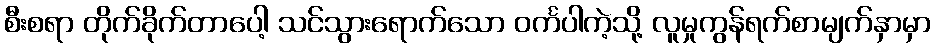
စီးစရာ တိုက်ခိုက်တာပေါ့ သင်သွားရောက်သော ဝင်္ကပါကဲ့သို့ လူမှုကွန်ရက်စာမျက်နှာမှာ